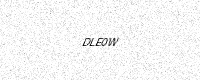
Text: DLE0W